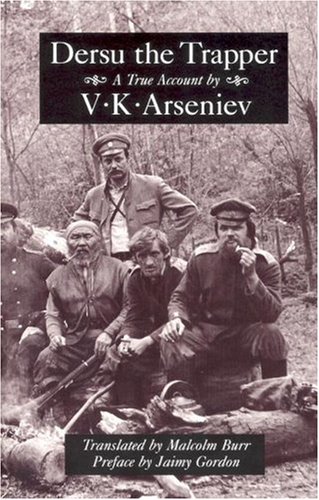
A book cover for Dersu the Trapper (Recovered Classics); V. K. Arsen'ev; Biographies & Memoirs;